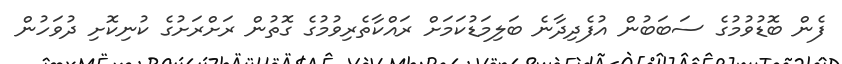
ފެން ބޮޑުވުމުގެ ސަބަބުން އުފެދިދާނެ ބަލިމަޑުކަމަށް ރައްކާތެރިވުމުގެ ގޮތުން ރަށްރަށުގެ ކުނިކޮށި ދުވަހުން